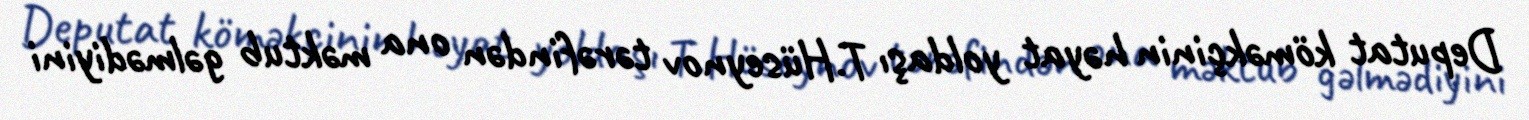
Deputat köməkçinin həyat yoldaşı T.Hüseynov tərəfindən ona məktub gəlmədiyini